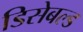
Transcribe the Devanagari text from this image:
डिसेबल्ड